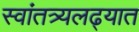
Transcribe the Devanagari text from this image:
स्वांतत्र्यलढ्यात